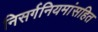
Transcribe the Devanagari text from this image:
निसर्गनियमांसहित